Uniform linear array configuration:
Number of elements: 12
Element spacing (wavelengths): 0.5
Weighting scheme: blackman
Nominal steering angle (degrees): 15
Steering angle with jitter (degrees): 14.323
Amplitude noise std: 0.05
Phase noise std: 0.05

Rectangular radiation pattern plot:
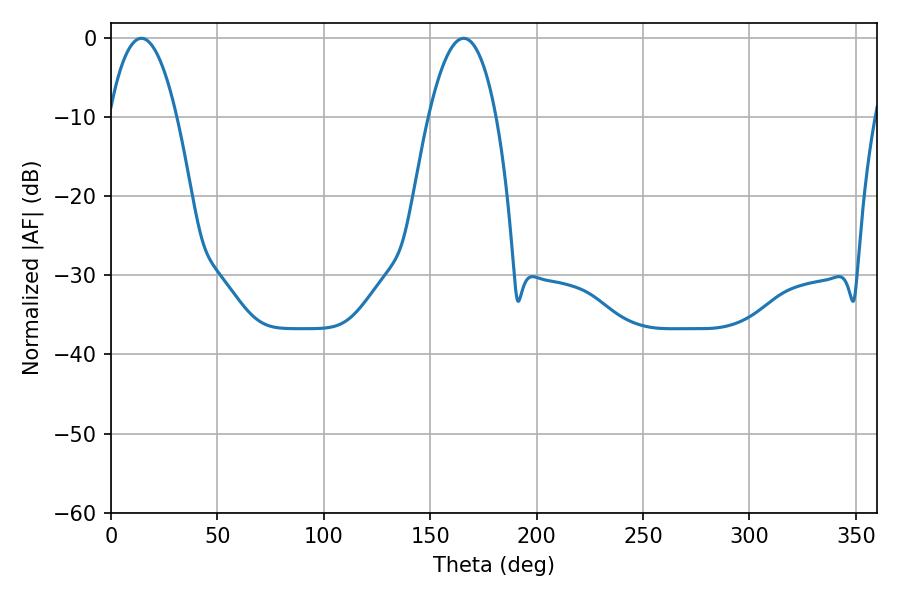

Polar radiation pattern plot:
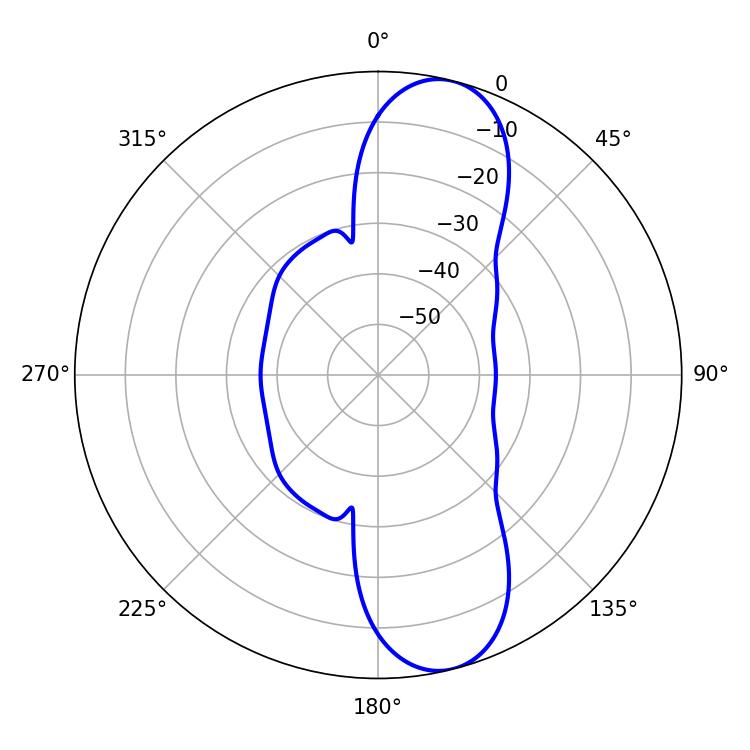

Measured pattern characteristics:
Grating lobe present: FALSE
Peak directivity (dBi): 10.818
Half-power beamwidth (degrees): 17.46
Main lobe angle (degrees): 165.78